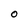
Character: O